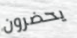
يحضرون